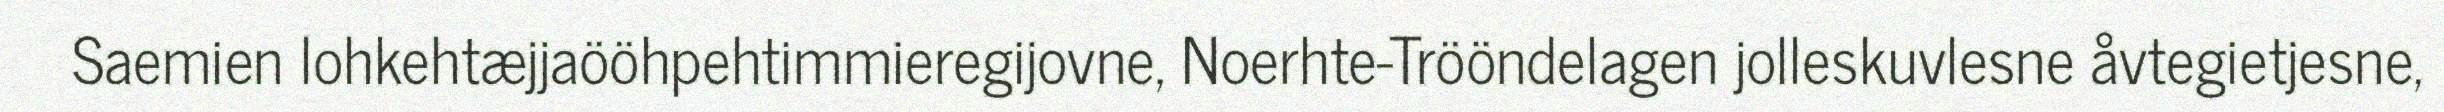
Saemien lohkehtæjjaööhpehtimmieregijovne, Noerhte-Trööndelagen jolleskuvlesne åvtegietjesne,